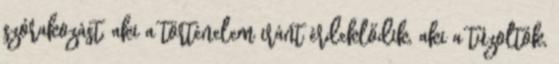
szórakozást, aki a történelem iránt érdeklődik, aki a tűzoltók,